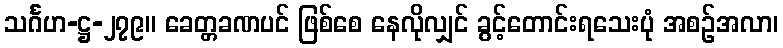
သင်္ဂဟ-ဋ္ဌ-၂၇၉။ ခေတ္တခဏပင် ဖြစ်စေ နေလိုလျှင် ခွင့်တောင်းရသေးပုံ အစဉ်အလာ၊